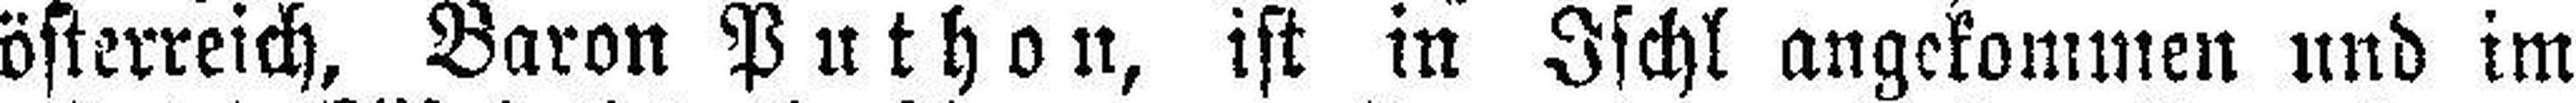
österreich, Baron Puthon, ist in Ischl angekommen und im